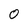
Character: 0